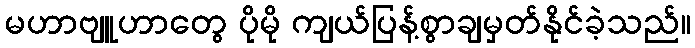
မဟာဗျူဟာတွေ ပိုမို ကျယ်ပြန့်စွာချမှတ်နိုင်ခဲ့သည်။